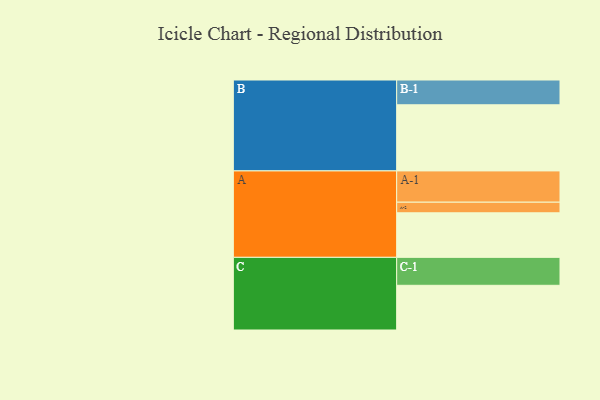
{"axis": {"x": "Segment", "y": "Value"}, "legend": ["", "A", "B", "C"], "data": [{"x": "A", "y": 349, "type": ""}, {"x": "B", "y": 518, "type": ""}, {"x": "C", "y": 350, "type": ""}, {"x": "A-1", "y": 245, "type": "A"}, {"x": "A-2", "y": 83, "type": "A"}, {"x": "B-1", "y": 194, "type": "B"}, {"x": "C-1", "y": 219, "type": "C"}]}